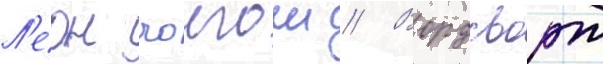
Л'еон чолгош // Вордсворт